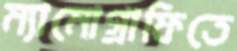
ম্যামোগ্রাফিতে